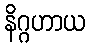
နိဂ္ဂဟာယ